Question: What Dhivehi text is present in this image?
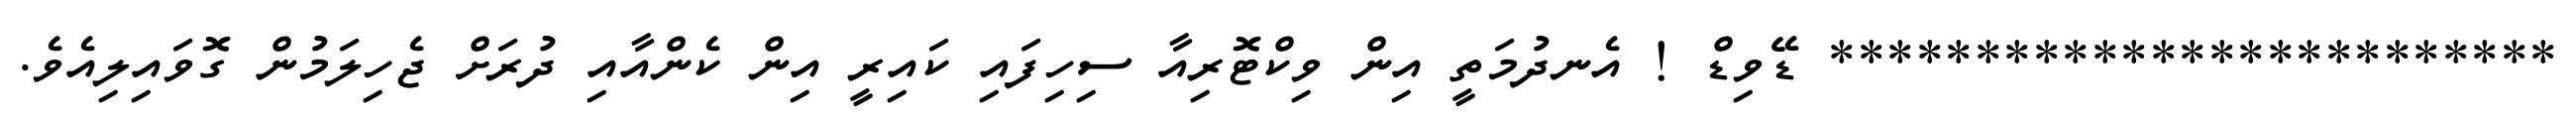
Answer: ************************* ޑޭވިޑް ! އެނދުމަތީ އިން ވިކްޓޮރިއާ ސިހިފައި ކައިރީ އިން ކެންއާއި ދުރަށް ޖެހިލަމުން ގޮވައިލިއެވެ.